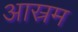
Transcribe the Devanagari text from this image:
आस्रम